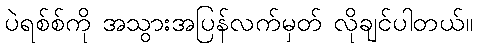
ပဲရစ်စ်ကို အသွားအပြန်လက်မှတ် လိုချင်ပါတယ်။